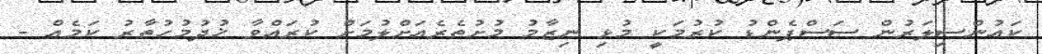
ކައުންސިލަރުން ސަސްޕެންޑު ކުރުމަކީ މުޅި ނިޒާމު މުށުތެރެއަށްލުމަށް ކުރައްވާ ޚުދުމުހުތާރު ކަމެއް -